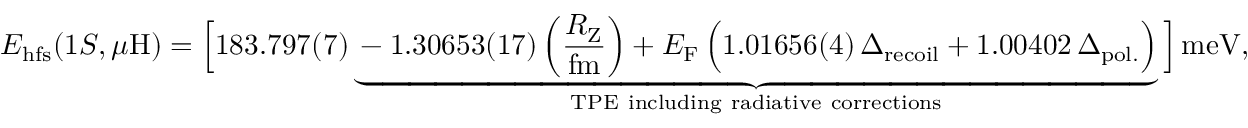
E _ { \mathrm { h f s } } ( 1 S , \mu \mathrm { H } ) = \Big [ 1 8 3 . 7 9 7 ( 7 ) \underbrace { - 1 . 3 0 6 5 3 ( 1 7 ) \left( \frac { R _ { \mathrm { Z } } } { \mathrm { f m } } \right) + E _ { \mathrm { F } } \, \Big ( 1 . 0 1 6 5 6 ( 4 ) \, \Delta _ { \mathrm { r e c o i l } } + 1 . 0 0 4 0 2 \, \Delta _ { \mathrm { p o l . } } \Big ) } _ { \mathrm { T P E ~ i n c l u d i n g ~ r a d i a t i v e ~ c o r r e c t i o n s } } \Big ] \, \mathrm { m e V } ,